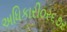
અધિકારી૦ર૬૭ર